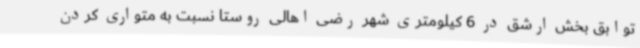
توابق بخش ارشق در 6 کیلومتری شهر رضی اهالی روستا نسبت به متواری کردن